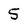
Character: 5